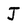
Character: J